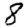
Digit: 8